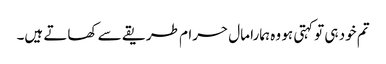
تم خود ہی تو کہتی ہو وہ ہمارا مال حرام طریقے سے کھاتے ہیں۔